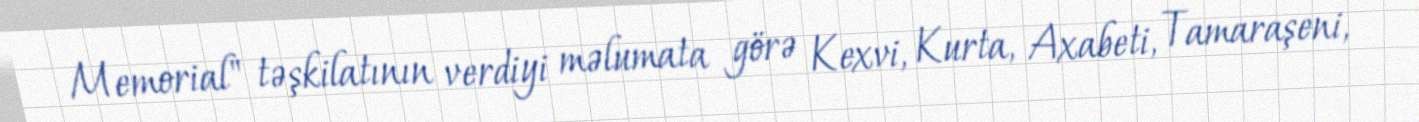
Memorial" təşkilatının verdiyi məlumata görə Kexvi, Kurta, Axabeti, Tamaraşeni,